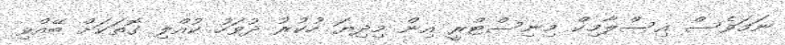
ނަމަވެސް އިސްލާމިކް މިނިސްޓްރީ އިން މިދިޔަ ހުކުރު ދުވަހު ކުއްލި ގޮތަކަށް ބޭއްވި